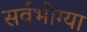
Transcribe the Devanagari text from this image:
सर्वभोग्या